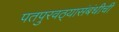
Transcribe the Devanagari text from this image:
पतपुरवठ्यासंबंधीची